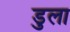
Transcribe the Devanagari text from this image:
डुला